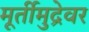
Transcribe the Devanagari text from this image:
मूर्तीमुद्रेवर